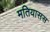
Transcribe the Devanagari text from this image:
मतियासस